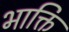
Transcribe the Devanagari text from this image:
भाक्ति